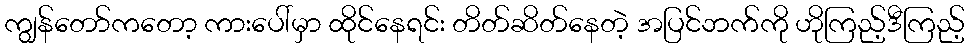
ကျွန်တော်ကတော့ ကားပေါ်မှာ ထိုင်နေရင်း တိတ်ဆိတ်နေတဲ့ အပြင်ဘက်ကို ဟိုကြည့်ဒီကြည့်